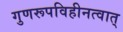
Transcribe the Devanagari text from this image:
गुणरूपविहीनत्वात्